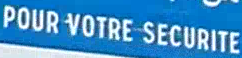
POUR VOTRE SECURITE